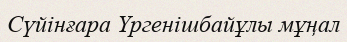
Сүйінғара Үргенішбайұлы мұңал